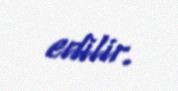
edilir.